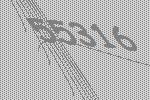
55316